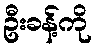
ဦးခန့်ကို